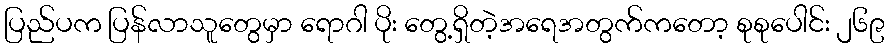
ပြည်ပက ပြန်လာသူတွေမှာ ရောဂါ ပိုး တွေ့ရှိတဲ့အရေအတွက်ကတော့ စုစုပေါင်း ၂၆၉